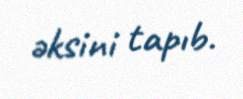
əksini tapıb.